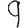
Digit: 9